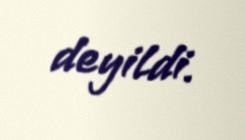
deyildi.